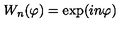
W _ { n } ( \varphi ) = \exp ( i n \varphi )